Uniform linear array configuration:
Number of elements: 48
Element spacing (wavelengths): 0.75
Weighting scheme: hamming
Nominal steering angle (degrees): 30
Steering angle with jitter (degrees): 30.716
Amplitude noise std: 0.05
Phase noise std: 0.05

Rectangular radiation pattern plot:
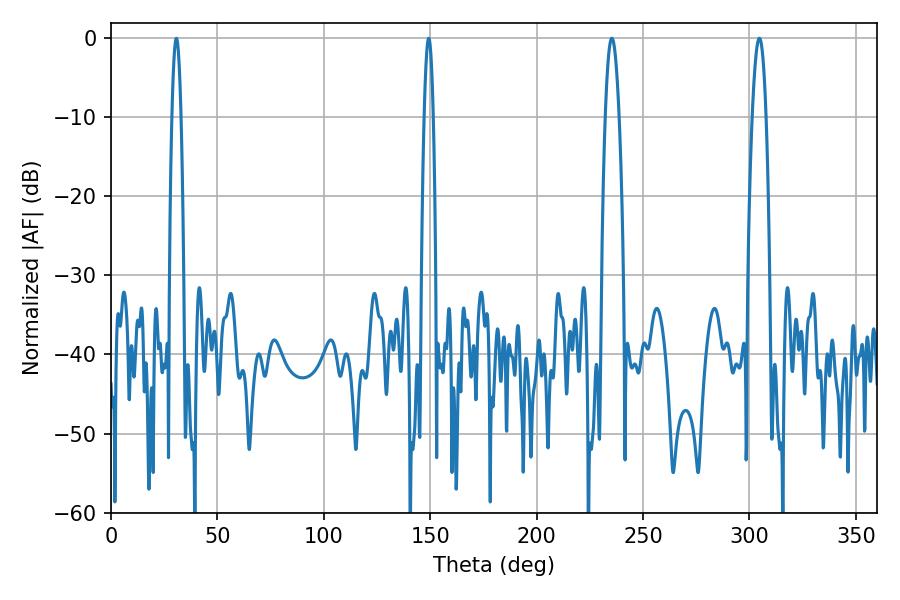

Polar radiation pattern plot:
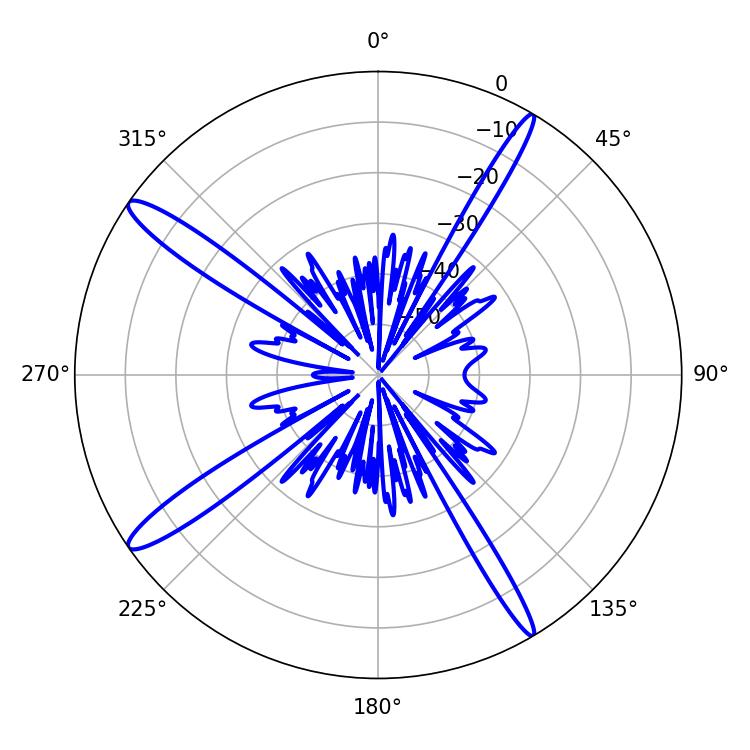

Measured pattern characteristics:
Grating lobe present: TRUE
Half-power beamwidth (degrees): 3.6
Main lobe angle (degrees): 235.26